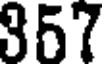
357